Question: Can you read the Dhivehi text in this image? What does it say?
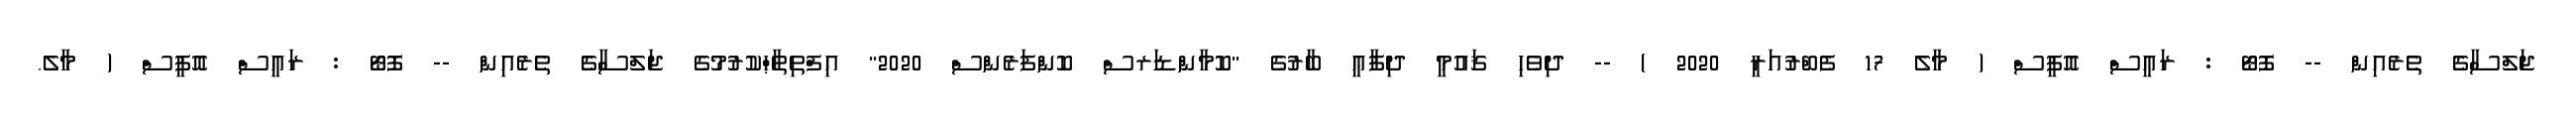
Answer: ޖަލްސާގެެ ތެެރެއިން -- ފޮޓޯ : ރައީސް އޮފީސް ( މާލެ 17 ފެބްރުއަރީ 2020 ) -- ދިވެހި ޤައުމީ ދިފާޢީ ބާރުގެ "ކޮމާންޑަރސް ކޮންފަރެންސް 2020" އިފްތިތާޙްކުރުމުގެ ޖަލްސާގެެ ތެެރެއިން -- ފޮޓޯ : ރައީސް އޮފީސް ( މާލެ.